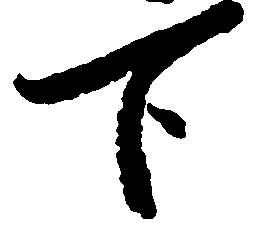
下